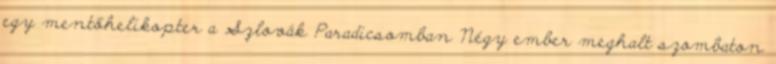
egy mentőhelikopter a Szlovák Paradicsomban Négy ember meghalt szombaton